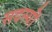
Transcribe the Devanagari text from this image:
सदस्यॊं